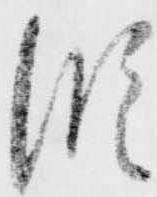
段